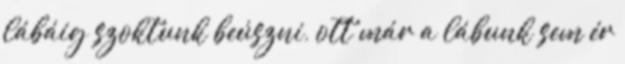
lábáig szoktunk beúszni, ott már a lábunk sem ér